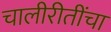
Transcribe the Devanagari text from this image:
चालीरीतींचा